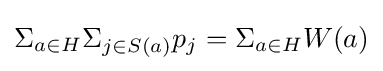
\Sigma _{a\in H}\Sigma _{j\in S(a)}p_{j}=\Sigma _{a\in H}W(a)